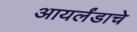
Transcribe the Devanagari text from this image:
आयर्लंडाचे